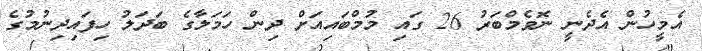
އެމީހުން އެދެނީ ނޮވެމްބަރު 26 ގައި މުމްބައިއަށް ދިން ހަމަލާގެ ބަދަލު ހިފައިދިނުމުގެ